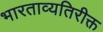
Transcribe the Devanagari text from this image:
भारताव्यतिरीक्त